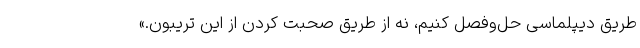
طریق دیپلماسی حل‌وفصل کنیم، نه از طریق صحبت کردن از این تریبون.»